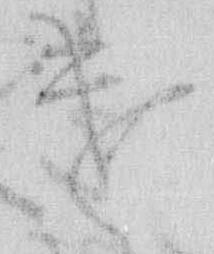
け